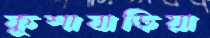
কুশাবাড়িয়া